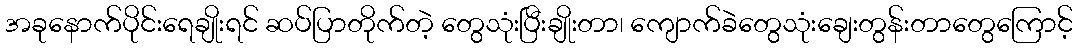
အခုနောက်ပိုင်းရေချိုးရင် ဆပ်ပြာတိုက်တဲ့ တွေသုံးပြီးချိုးတာ၊ ကျောက်ခဲတွေသုံးချေးတွန်းတာတွေကြောင့်